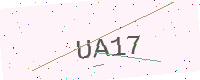
Text: UA17